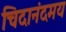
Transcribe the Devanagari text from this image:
चिदानंदमय